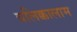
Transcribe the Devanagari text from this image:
वलिक्कालाम